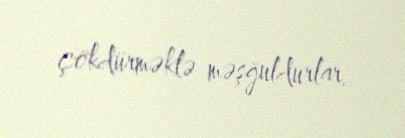
çökdürməklə məşğuldurlar.